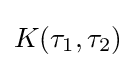
K(\tau _{1},\tau _{2})